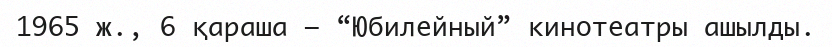
1965 ж., 6 қараша – “Юбилейный” кинотеатры ашылды.